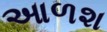
આળશ